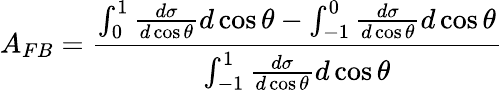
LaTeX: A_{FB}=\frac{\int_{0}^{1}\frac{d\sigma}{d\cos{\theta}}d\cos{\theta}-\int_{-1}^{0}\frac{d\sigma}{d\cos{\theta}}d\cos{\theta}}{\int_{-1}^{1}\frac{d\sigma}{d\cos{\theta}}d\cos{\theta}}